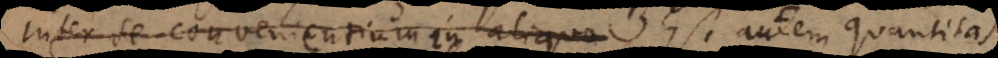
inter se convenientium in aliquo Est autem quantitas